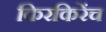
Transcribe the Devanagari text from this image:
किरकिरेंच